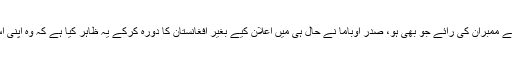
افغانستان کے لیے صدر اوباما کی حکمت عملی کے بارے قدامت پسند پارٹی کے ممبران کی رائے جو بھی ہو، صدر اوباما نے حال ہی میں اعلان کیے بغیر افغانستان کا دورہ کرکے یہ ظاہر کیا ہے کہ وہ اپنی اس حکمت عملی کو کامیاب بنانے کے لیے ہر ممکن کوشش کرنے کو تیار ہیں۔